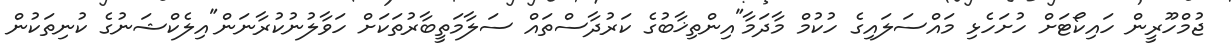
ޖުމްހޫރީން ހައިކޯޓަށް ހުށަހެޅި މައްސަލައިގެ ހުކުމް މާދަމާ"އިންތިޚާބުގެ ކަރުދާސްތައް ސަލާމަތީބާރުތަކަށް ހަވާލުނުކުރާނަން"އިލެކްޝަނުގެ ކުނިތަކުން